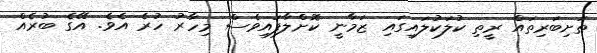
ތަށިބަރިތައް ރީތި ކުލަކުލައިގައި ޒަމާނީ ކޮށްލާފައިވެސް މިހާރު ހުރެ އެވެ. އޭގެ ބުރެއް